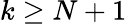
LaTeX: k\geq N+1